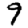
Digit: 9